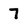
Character: 7